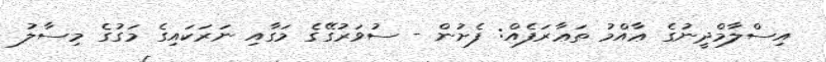
އިސްލާމްދީނުގެ ޢާއްމު ތަޢާރަފެއް: ފެށުން - ސުވަރުގޭގެ މަގާއި ނަރަކައިގެ މަގުގެ މިސާލު